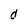
Character: d